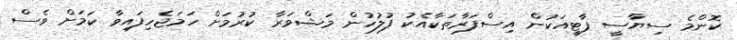
ކޮންމެ ސިޔާސީ ޕާޓީއަކުން އިސްފަރާތަކާއެކު ފުލުހުން މަޝްވަރާ ކުރުމަށް ހަމަޖެހިފައިވާ ކަމަށް ވެސް